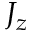
J _ { z }